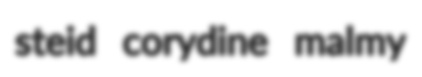
steid corydine malmy